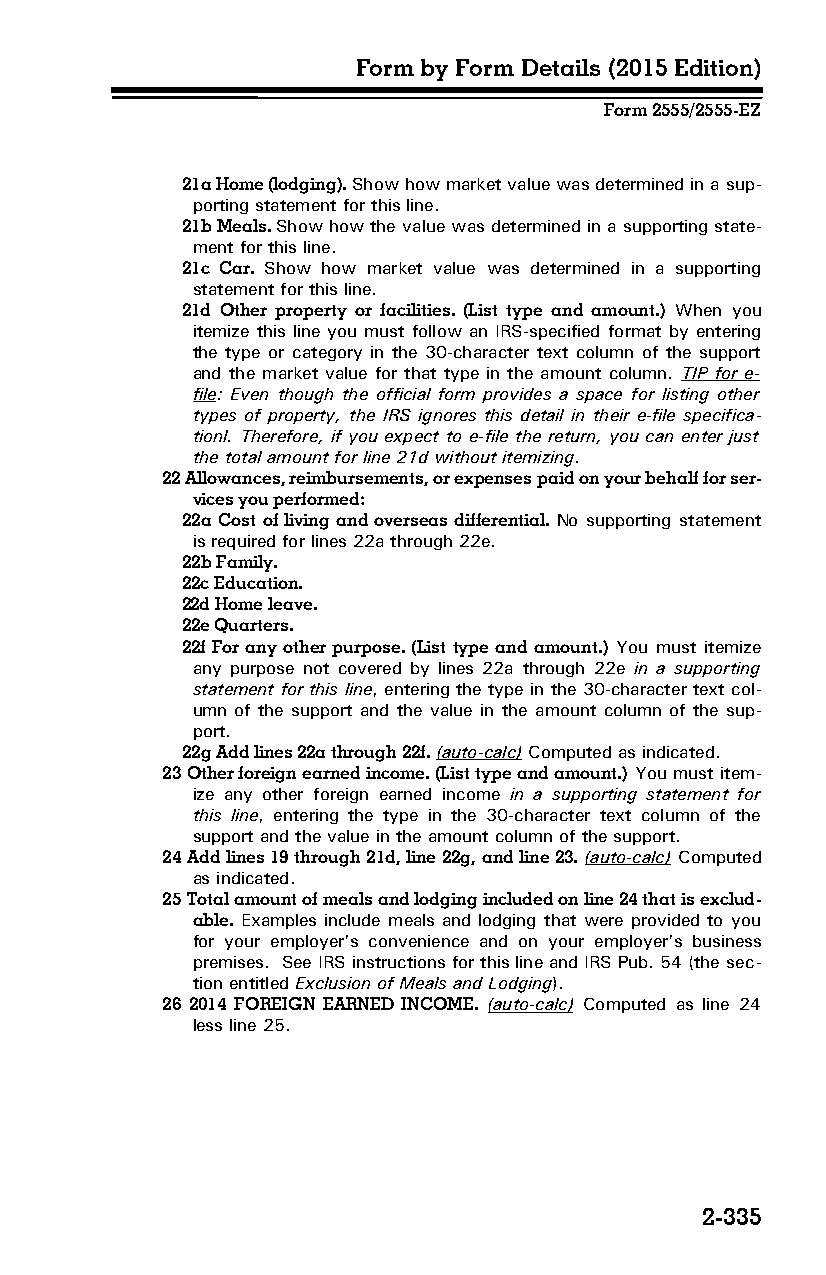
Form by Form Details (2015 Edition)
 Form 2555/2555-EZ
 21a Home (lodging). Show how market value was determined in a sup­
 porting statement for this line.
 21b Meals. Show how the value was determined in a supporting state­
 ment for this line.
 21c Car. Show how market value was determined in a supporting
 statement for this line.
 21d Other property or facilities. (List type and amount.) When you
 itemize this line you must follow an IRS-specified format by entering
 the type or category in the 30-character text column of the support
 and the market value for that type in the amount column. TIP for e-
 file: Even though the official form provides a space for listing other
 types of property, the IRS ignores this detail in their e-file specifica­
 tionl. Therefore, if you expect to e-file the return, you can enter just
 the total amount for line 21d without itemizing.
 22 Allowances, reimbursements, or expenses paid on your behalf for ser­
 vices you performed:
 22a Cost of living and overseas differential. No supporting statement
 is required for lines 22a through 22e.
 22b Family.
 22c Education.
 22d Home leave.
 22e Quarters.
 22f For any other purpose. (List type and amount.) You must itemize
 any purpose not covered by lines 22a through 22e in a supporting
 statement for this line, entering the type in the 30-character text col­
 umn of the support and the value in the amount column of the sup­
 port.
 22g Add lines 22a through 22f. (auto-calc) Computed as indicated.
 23 Other foreign earned income. (List type and amount.) You must item­
 ize any other foreign earned income in a supporting statement for
 this line, entering the type in the 30-character text column of the
 support and the value in the amount column of the support.
 24 Add lines 19 through 21d, line 22g, and line 23. (auto-calc) Computed
 as indicated.
 25 Total amount of meals and lodging included on line 24 that is exclud­
 able. Examples include meals and lodging that were provided to you
 for your employer’s convenience and on your employer’s business
 premises. See IRS instructions for this line and IRS Pub. 54 (the sec­
 tion entitled Exclusion of Meals and Lodging).
 26 2014 FOREIGN EARNED INCOME. (auto-calc) Computed as line 24
 less line 25.
 2-335